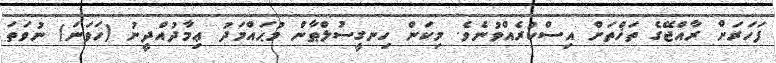
ފަހަރަށް ރާއްޖޭގެ ތަޚްތަށް އިސްކުރެއްވުނެވެ. މިކަން ހިނގީސުލްޠާން މުޙައްމަދު ޢިމާދުއްދީނު (ހަވަނަ) ނުވަތަ